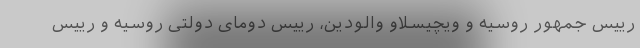
رییس جمهور روسیه و ویچیسلاو والودین، رییس دومای دولتی روسیه و رییس